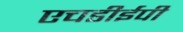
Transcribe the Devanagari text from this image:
एचडीईपी